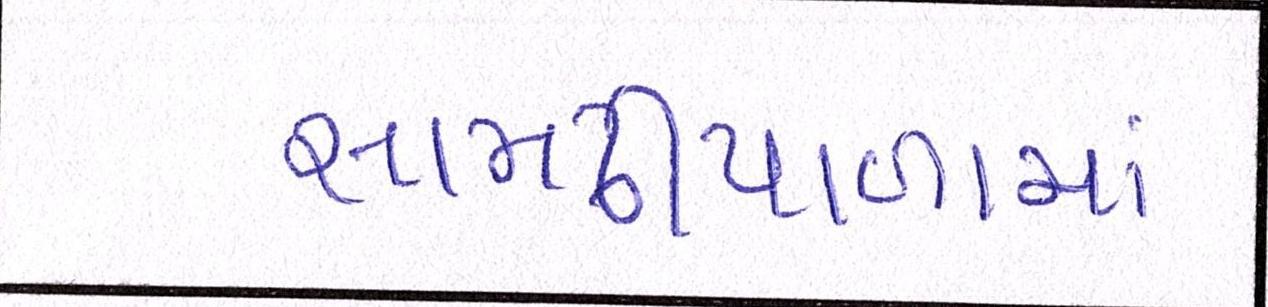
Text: સામઢીયાળામાં